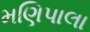
મણિપાલા